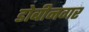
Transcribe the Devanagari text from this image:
डोबीनगर